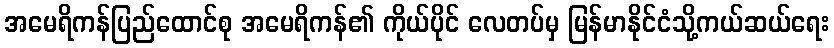
အမေရိကန်ပြည်ထောင်စု အမေရိကန်၏ ကိုယ်ပိုင် လေတပ်မှ မြန်မာနိုင်ငံသို့ကယ်ဆယ်ရေး